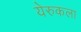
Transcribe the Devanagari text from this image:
येरुकला